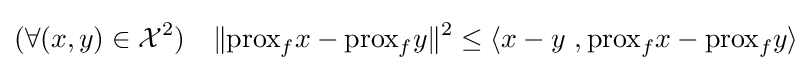
(\forall (x,y)\in {\mathcal {X}}^{2})\quad \|{\text{prox}}_{f}x-{\text{prox}}_{f}y\|^{2}\leq \langle x-y\ ,{\text{prox}}_{f}x-{\text{prox}}_{f}y\rangle